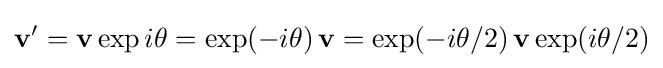
\mathbf {v} '=\mathbf {v} \exp {i\theta }=\exp(-i\theta )\,\mathbf {v} =\exp({-i\theta }/{2})\,\mathbf {v} \exp({i\theta }/{2})